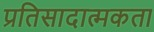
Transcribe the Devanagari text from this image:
प्रतिसादात्मकता